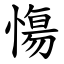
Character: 慯